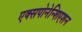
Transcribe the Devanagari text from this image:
एक्सपोनेन्शिएशन